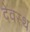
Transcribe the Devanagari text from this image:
देवस्थ